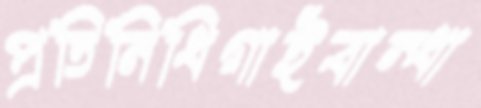
প্রতিনিধিগাইবান্ধা